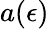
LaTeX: a(\epsilon)